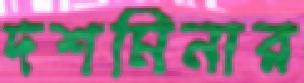
দশমিনার